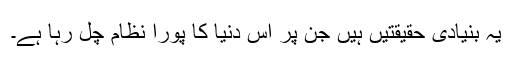
یہ بنیادی حقیقتیں ہیں جن پر اس دنیا کا پورا نظام چل رہا ہے۔